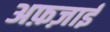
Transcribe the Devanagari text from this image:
अफ़ज़ाई